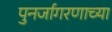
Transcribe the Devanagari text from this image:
पुनर्जागरणाच्या